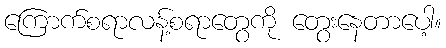
ကြောက်စရာလန့်စရာတွေကို တွေးနေတာပေါ့။